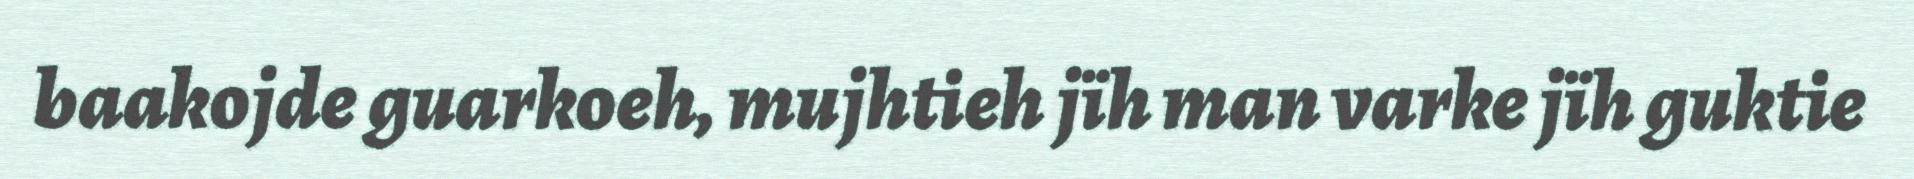
baakojde guarkoeh, mujhtieh jïh man varke jïh guktie